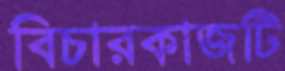
বিচারকাজটি